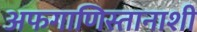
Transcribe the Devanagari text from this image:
अफगाणिस्तानाशी